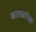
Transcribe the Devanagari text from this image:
कातळापेक्षा